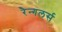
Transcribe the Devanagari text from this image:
रैन्गलर्स